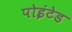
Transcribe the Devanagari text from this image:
पोइंटेड